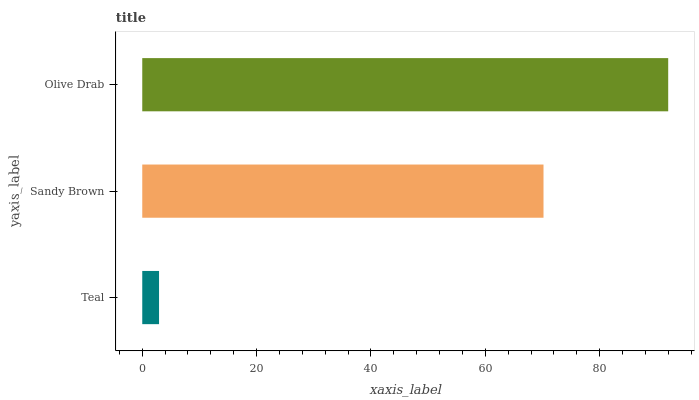
| yaxis_label | bars |
 | --- | --- |
 | Teal | 2.94 |
 | Sandy Brown | 70.2 |
 | Olive Drab | 92 |